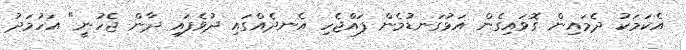
އެކަމަކު ދެމައިން ގޮވައިގެން އަޅުގަނޑުމެން ފައްޖެހި އެނދެއްގައި ދުވެފައި ދާން ޖެހުނީ" އަހުމަދު